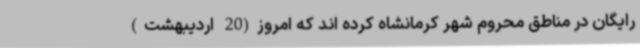
رایگان در مناطق محروم شهر کرمانشاه کرده اند که امروز(20 اردیبهشت)